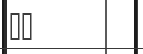
١٩